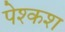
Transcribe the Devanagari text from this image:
पेश्कश